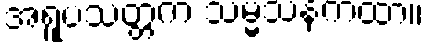
အရူပသတ္တက သမ္မသနကထာ။